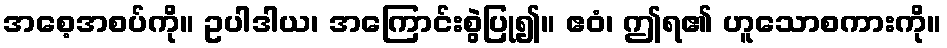
အစေ့အစပ်ကို။ ဥပါဒါယ၊ အကြောင်းစွဲပြု၍။ ဧဝံ၊ ဤရ၏ ဟူသောစကားကို။